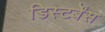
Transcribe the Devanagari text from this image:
डिस्टर्बेंस